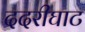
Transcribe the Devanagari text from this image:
ददरीघाट